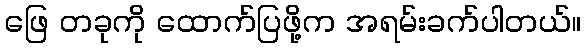
ဖြေ တခုကို ထောက်ပြဖို့က အရမ်းခက်ပါတယ်။